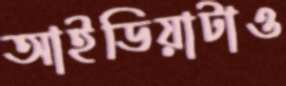
আইডিয়াটাও